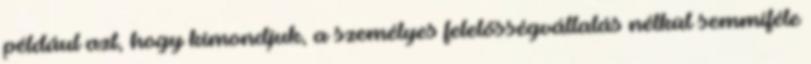
például azt, hogy kimondjuk, a személyes felelősségvállalás nélkül semmiféle